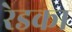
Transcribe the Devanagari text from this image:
रेडका